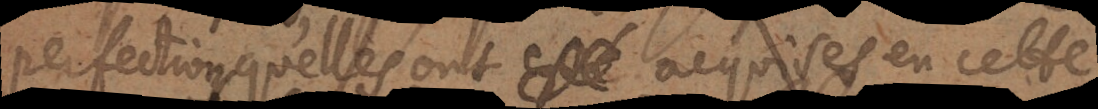
perfections qu’elles ont acquises en cette